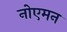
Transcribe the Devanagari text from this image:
नोएमन